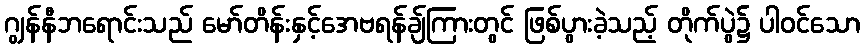
ဂျွန်နီဘရောင်းသည် မော်တိန်းနှင့်အေဗရန်ချ်ကြားတွင် ဖြစ်ပွားခဲ့သည့် တိုက်ပွဲ၌ ပါဝင်သော